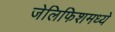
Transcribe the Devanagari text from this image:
जेलिफिशमध्ये